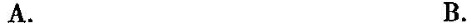
A. B.